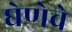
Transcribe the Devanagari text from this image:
घेणेचे